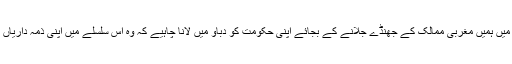
میری رائے میں ہمیں مغربی ممالک کے جھنڈے جلانے کے بجائے اپنی حکومت کو دباو میں لانا چاہیے کہ وہ اس سلسلے میں اپنی ذمہ داریاں پوری کرے۔